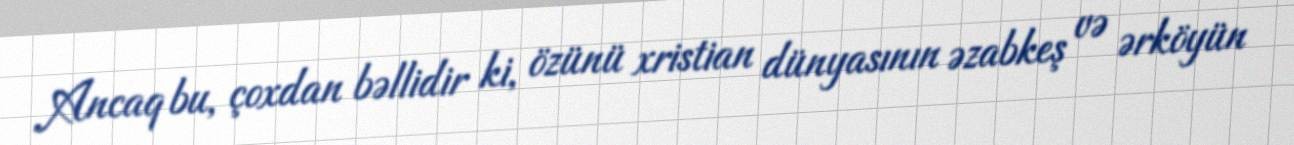
Ancaq bu, çoxdan bəllidir ki, özünü xristian dünyasının əzabkeş və ərköyün